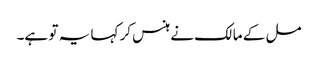
مل کے مالک نے ہنس کر کہا یہ تو ہے۔